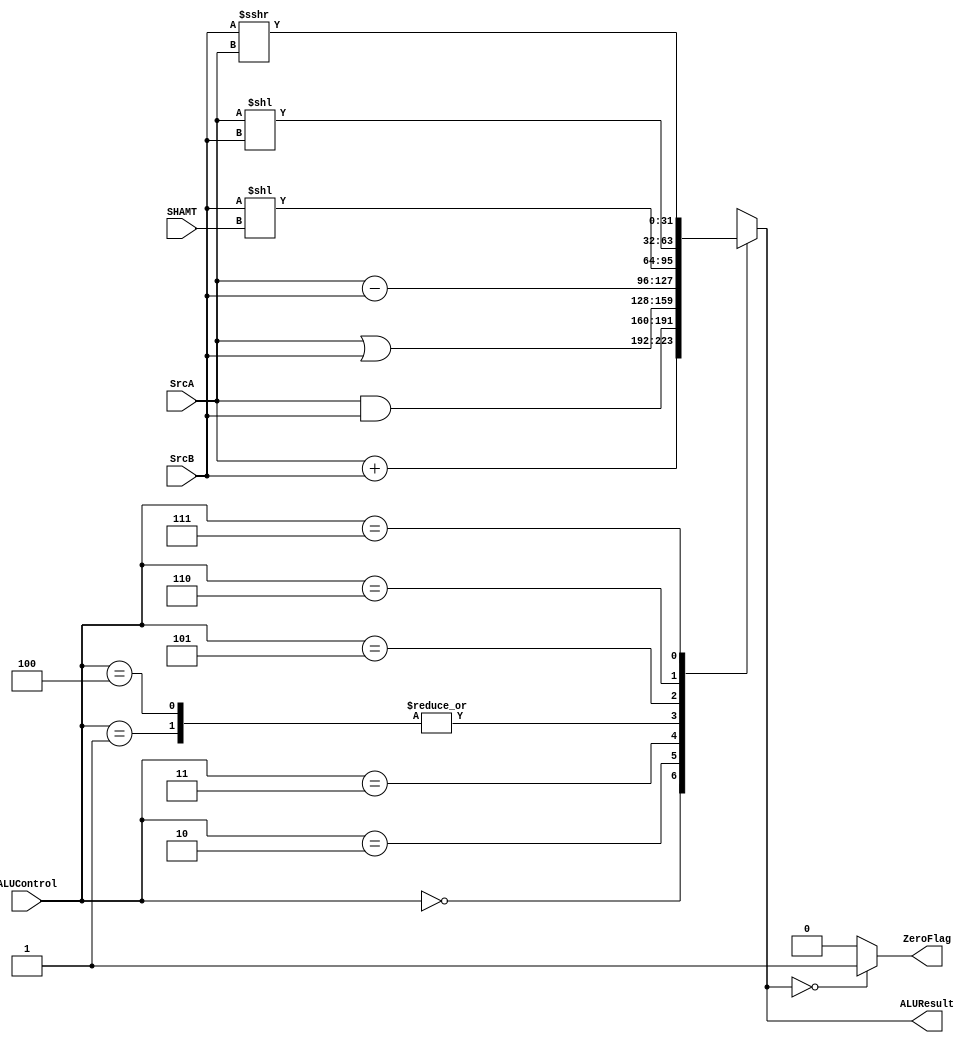
module ALUnit( input signed [31:0] SrcA,
									 input signed [31:0] SrcB,
									 input [2:0] ALUControl,
									 input [4:0] SHAMT,
									 output ZeroFlag,
									 output signed [31:0] ALUResult);
	reg [31:0] result;
	reg flag;
	

	always @(*) begin
		case (ALUControl)
		3'b000: result = SrcA + SrcB; //  Addition
		3'b001: result = SrcA - SrcB; //  Subtraction 
		3'b010: result = SrcA & SrcB; //  AND 
		3'b011: result = SrcA | SrcB; //  OR 
		3'b100: result = SrcA - SrcB; // slt
		3'b101: result = SrcB << SHAMT; //sll
		3'b110: result = SrcA << SrcB; // sllv
		3'b111: result = SrcB >>> SrcA; //srav
    endcase 
		
		if (result == 0) flag = 1; else flag = 0;
	end
	
	assign ALUResult = result; 
	assign ZeroFlag = flag; 
	
endmodule